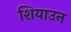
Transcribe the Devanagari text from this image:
शियाउन